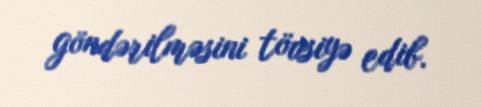
göndərilməsini tövsiyə edib.